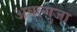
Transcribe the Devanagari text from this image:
अबल्गुजा